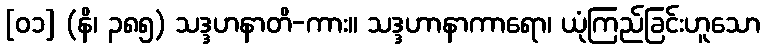
[၀၁] (နိ၊ ၃၈၅) သဒ္ဒဟနာတိ-ကား။ သဒ္ဒဟာနာကာရော၊ ယုံကြည်ခြင်းဟူသော